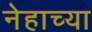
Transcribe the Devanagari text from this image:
नेहाच्या